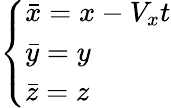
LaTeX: \left\{ \begin{array}{ll}{\bar{x}=x-V_{x}t}\\ {\bar{y}=y}\\ {\bar{z}=z}\end{array}\right.